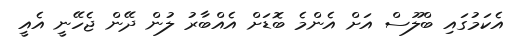
އެކަމުގައި ބްލޫސް އަށް އެންމެ ބޮޑަށް އެއްބާރު ލުން ދޭން ޖެހޭނީ އެއީ